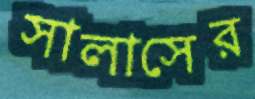
সালাসের